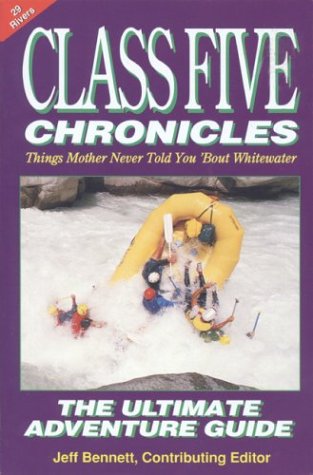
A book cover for Class Five Chronicles: Things Mother Never Told You 'Bout Whitewater; Jeff Bennett; Sports & Outdoors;